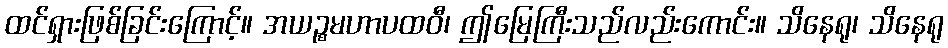
ထင်ရှားဖြစ်ခြင်းကြောင့်။ အယဉ္စမဟာပထဝီ၊ ဤမြေကြီးသည်လည်းကောင်း။ သိနေရု၊ သိနေရု